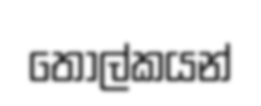
තෝල්කයන්